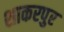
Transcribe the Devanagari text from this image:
शाकरपुर